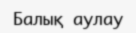
Балық аулау